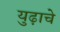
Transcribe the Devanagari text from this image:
युढ़ाचे